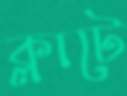
ক্লাটে